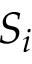
S _ { i }